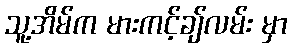
သူ့အိမ်က မားကင့်ချ်လမ်း မှာ